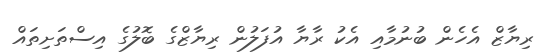
ރިޔާޒް އެހެން ބުނުމާއި އެކު ރާޔާ އުފަލުން ރިޔާޒްގެ ބޮލުގެ އިސްތަށިތައް